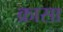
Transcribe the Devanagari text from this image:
क्रासा